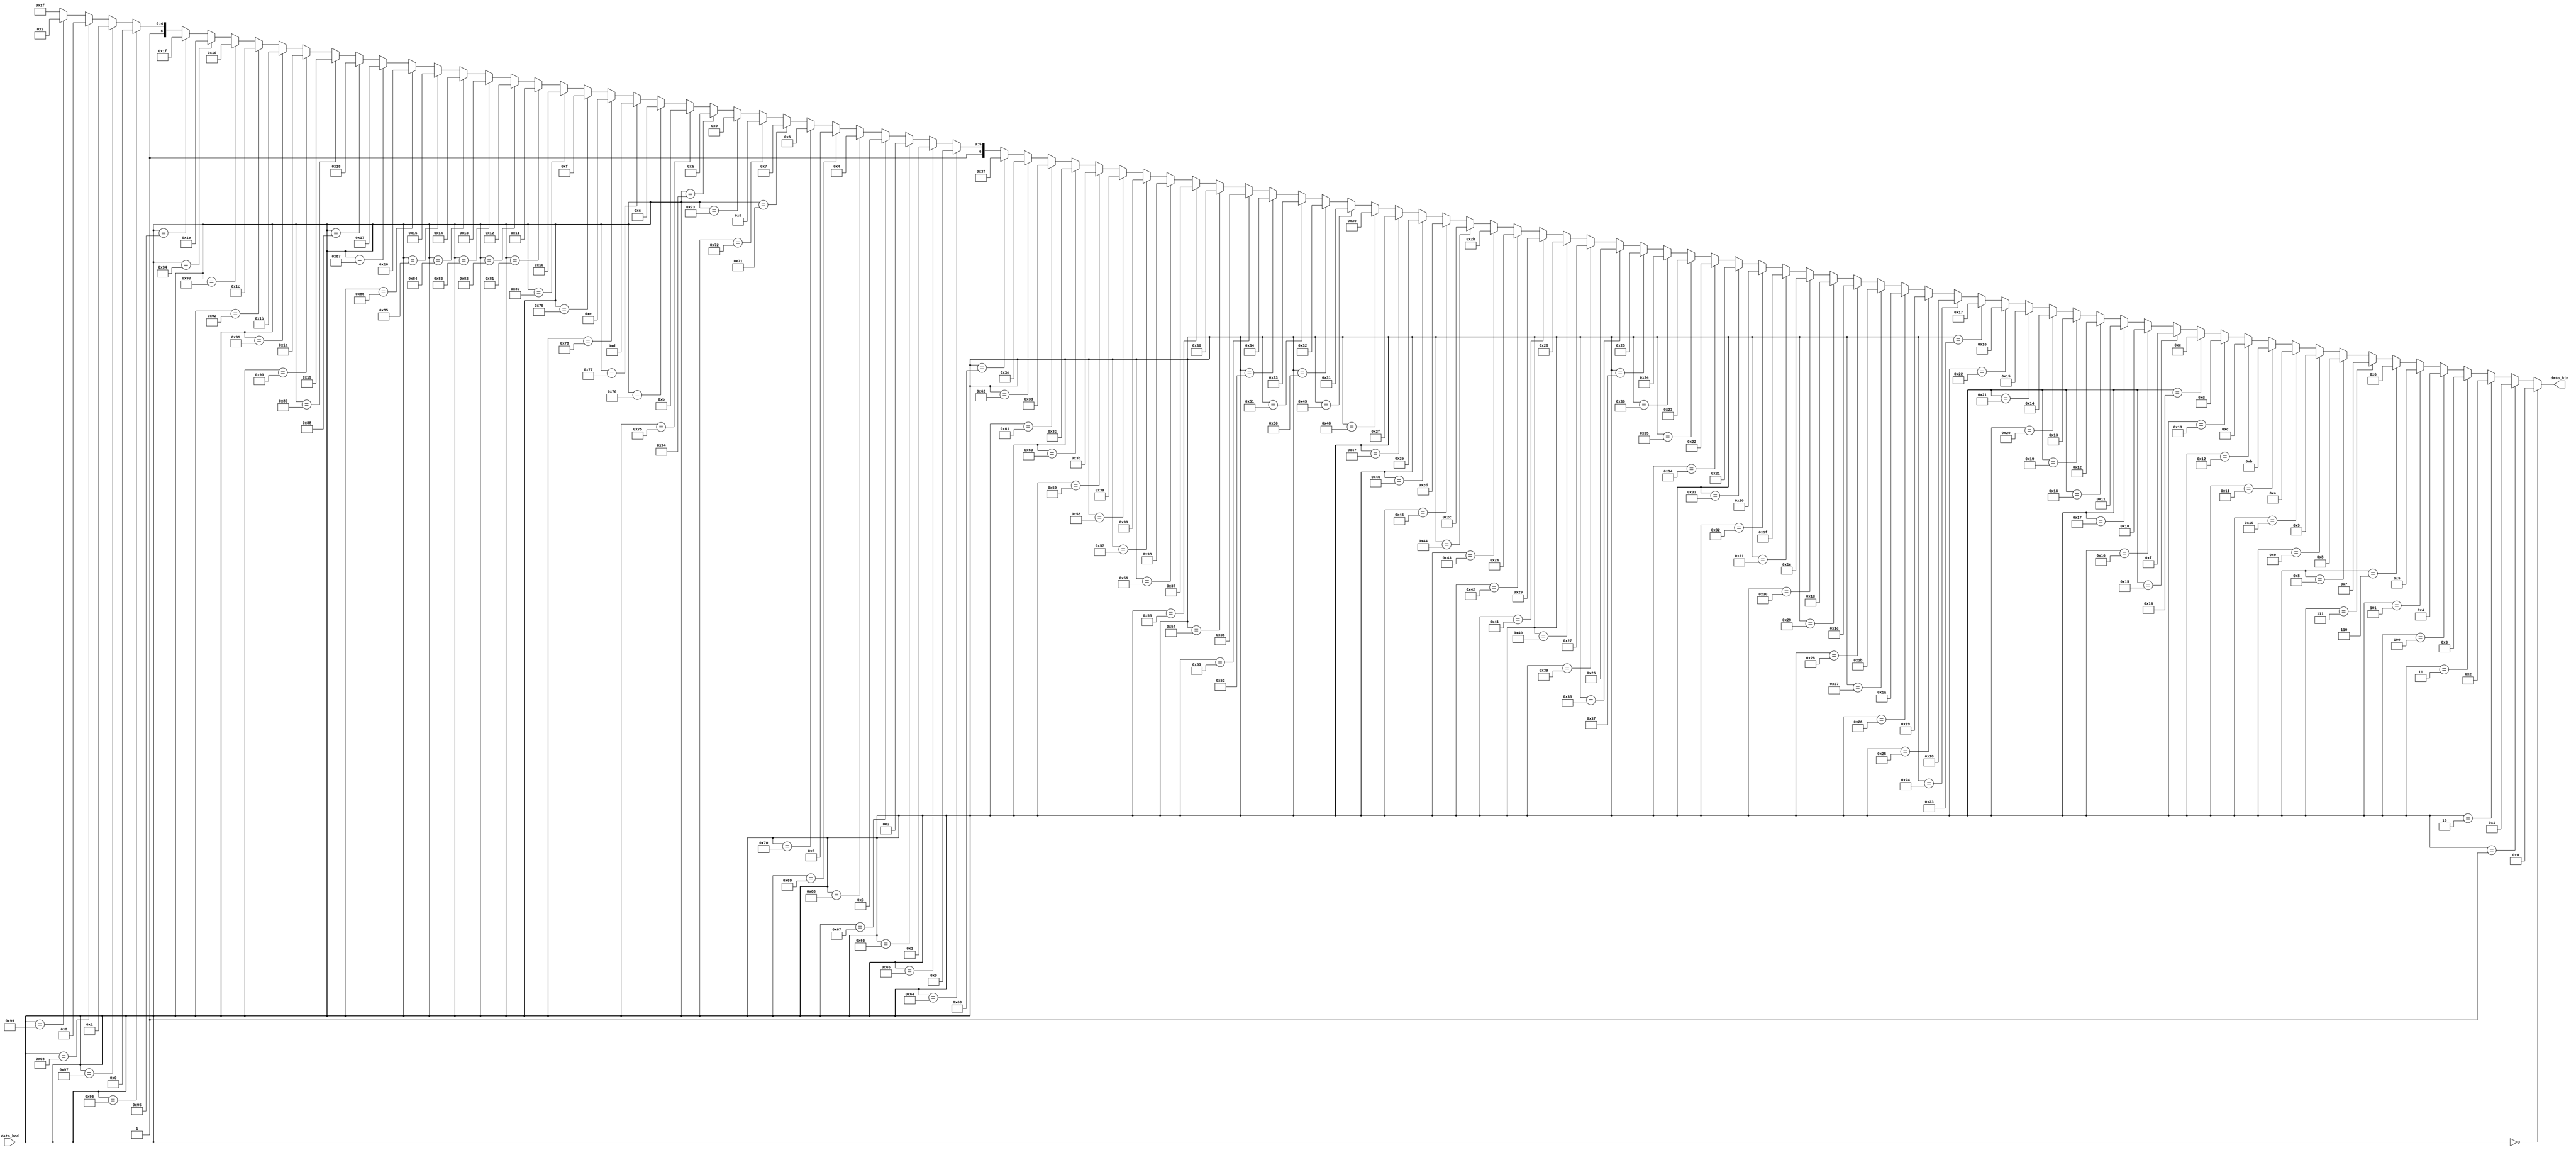
`timescale 1ns / 1ps
//////////////////////////////////////////////////////////////////////////////////
// Company: 
// Engineer: 
// 
// Design Name: 
// Module Name:    CONV_BCD_BINARIO 
// Project Name: 
// Target Devices: 
// Tool versions: 
// Description: 
//
// Dependencies: 
//
// Revision: 
// Revision 0.01 - File Created
// Additional Comments: 
//
//////////////////////////////////////////////////////////////////////////////////
module CONV_BCD_BINARIO(
   input wire [7:0] dato_bcd,
	output reg [6:0] dato_bin
   );
	
	always @ (dato_bcd) begin
		if (dato_bcd == 8'h00) begin
			dato_bin = 7'b0000000;
		end
		else if (dato_bcd == 8'h01) begin
			dato_bin = 7'b0000001;
		end
		else if (dato_bcd == 8'h02) begin
			dato_bin = 7'b0000010;
		end
		else if (dato_bcd == 8'h03) begin
			dato_bin = 7'b0000011;
		end
		else if (dato_bcd == 8'h04) begin
			dato_bin = 7'b0000100;
		end
		else if (dato_bcd == 8'h05) begin
			dato_bin = 7'b0000101;
		end
		else if (dato_bcd == 8'h06) begin
			dato_bin = 7'b0000110;
		end
		else if (dato_bcd == 8'h07) begin
			dato_bin = 7'b0000111;
		end
		else if (dato_bcd == 8'h08) begin
			dato_bin = 7'b0001000;
		end
		else if (dato_bcd == 8'h09) begin
			dato_bin = 7'b0001001;
		end
		else if (dato_bcd == 8'h10) begin
			dato_bin = 7'b0001010;
		end
		else if (dato_bcd == 8'h11) begin
			dato_bin = 7'b0001011;
		end
		else if (dato_bcd == 8'h12) begin
			dato_bin = 7'b0001100;
		end
		else if (dato_bcd == 8'h13) begin
			dato_bin = 7'b0001101;
		end
		else if (dato_bcd == 8'h14) begin
			dato_bin = 7'b0001110;
		end
		else if (dato_bcd == 8'h15) begin
			dato_bin = 7'b0001111;
		end
		else if (dato_bcd == 8'h16) begin
			dato_bin = 7'b0010000;
		end
		else if (dato_bcd == 8'h17) begin
			dato_bin = 7'b0010001;
		end
		else if (dato_bcd == 8'h18) begin
			dato_bin = 7'b0010010;
		end
		else if (dato_bcd == 8'h19) begin
			dato_bin = 7'b0010011;
		end
		else if (dato_bcd == 8'h20) begin
			dato_bin = 7'b0010100;
		end
		else if (dato_bcd == 8'h21) begin
			dato_bin = 7'b0010101;
		end
		else if (dato_bcd == 8'h22) begin
			dato_bin = 7'b0010110;
		end
		else if (dato_bcd == 8'h23)begin
			dato_bin = 7'b0010111;
		end		
		else if (dato_bcd == 8'h24) begin
			dato_bin = 7'b0011000;
		end		
		else if (dato_bcd == 8'h25) begin
			dato_bin = 7'b0011001;
		end		
		else if (dato_bcd == 8'h26) begin
			dato_bin = 7'b0011010;
		end		
		else if (dato_bcd == 8'h27) begin
			dato_bin = 7'b0011011;
		end		
		else if (dato_bcd == 8'h28) begin
			dato_bin = 7'b0011100;
		end		
		else if (dato_bcd == 8'h29) begin
			dato_bin = 7'b0011101;
		end		
		else if (dato_bcd == 8'h30) begin
			dato_bin = 7'b0011110;
		end		
		else if (dato_bcd == 8'h31) begin
			dato_bin = 7'b0011111;
		end		
		else if (dato_bcd == 8'h32) begin
			dato_bin = 7'b0100000;
		end
		else if (dato_bcd == 8'h33) begin
			dato_bin = 7'b0100001;
		end
		else if (dato_bcd == 8'h34) begin
			dato_bin = 7'b0100010;
		end
		else if (dato_bcd == 8'h35) begin
			dato_bin = 7'b0100011;
		end
		else if (dato_bcd == 8'h36) begin
			dato_bin = 7'b0100100;
		end
		else if (dato_bcd == 8'h37) begin
			dato_bin = 7'b0100101;
		end
		else if (dato_bcd == 8'h38) begin
			dato_bin = 7'b0100110;
		end
		else if (dato_bcd == 8'h39) begin
			dato_bin = 7'b0100111;
		end
		else if (dato_bcd == 8'h40) begin
			dato_bin = 7'b0101000;
		end
		else if (dato_bcd == 8'h41) begin
			dato_bin = 7'b0101001;
		end
		else if (dato_bcd == 8'h42) begin
			dato_bin = 7'b0101010;
		end
		else if (dato_bcd == 8'h43) begin
			dato_bin = 7'b0101011;
		end
		else if (dato_bcd == 8'h44) begin
			dato_bin = 7'b0101100;
		end
		else if (dato_bcd == 8'h45) begin
			dato_bin = 7'b0101101;
		end
		else if (dato_bcd == 8'h46) begin
			dato_bin = 7'b0101110;
		end
		else if (dato_bcd == 8'h47) begin
			dato_bin = 7'b0101111;
		end
		else if (dato_bcd == 8'h48) begin
			dato_bin = 7'b0110000;
		end
		else if (dato_bcd == 8'h49) begin
			dato_bin = 7'b0110001;
		end
		else if (dato_bcd == 8'h50) begin
			dato_bin = 7'b0110010;
		end
		else if (dato_bcd == 8'h51) begin
			dato_bin = 7'b0110011;
		end
		else if (dato_bcd == 8'h52) begin
			dato_bin = 7'b0110100;
		end
		else if (dato_bcd == 8'h53) begin
			dato_bin = 7'b0110101;
		end
		else if (dato_bcd == 8'h54) begin
			dato_bin = 7'b0110110;
		end
		else if (dato_bcd == 8'h55) begin
			dato_bin = 7'b0110111;
		end
		else if (dato_bcd == 8'h56) begin
			dato_bin = 7'b0111000;
		end
		else if (dato_bcd == 8'h57) begin
			dato_bin = 7'b0111001;
		end
		else if (dato_bcd == 8'h58) begin
			dato_bin = 7'b0111010;
		end
		else if (dato_bcd == 8'h59) begin
			dato_bin = 7'b0111011;
		end
		else if (dato_bcd == 8'h60) begin
			dato_bin = 7'b0111100;
		end
		else if (dato_bcd == 8'h61) begin
			dato_bin = 7'b0111101;
		end
		else if (dato_bcd == 8'h62) begin
			dato_bin = 7'b0111110;
		end
		else if (dato_bcd == 8'h63) begin
			dato_bin = 7'b0111111;
		end
		else if (dato_bcd == 8'h64) begin
			dato_bin = 7'b1000000;
		end
		else if (dato_bcd == 8'h65) begin
			dato_bin = 7'b1000001;
		end
		else if (dato_bcd == 8'h66) begin
			dato_bin = 7'b1000010;
		end
		else if (dato_bcd == 8'h67) begin
			dato_bin = 7'b1000011;
		end
		else if (dato_bcd == 8'h68) begin
			dato_bin = 7'b1000100;
		end
		else if (dato_bcd == 8'h69) begin
			dato_bin = 7'b1000101;
		end
		else if (dato_bcd == 8'h70) begin
			dato_bin = 7'b1000110;
		end
		else if (dato_bcd == 8'h71) begin
			dato_bin = 7'b1000111;
		end
		else if (dato_bcd == 8'h72) begin
			dato_bin = 7'b1001000;
		end
		else if (dato_bcd == 8'h73) begin
			dato_bin = 7'b1001001;
		end
		else if (dato_bcd == 8'h74) begin
			dato_bin = 7'b1001010;
		end
		else if (dato_bcd == 8'h75) begin
			dato_bin = 7'b1001011;
		end
		else if (dato_bcd == 8'h76) begin
			dato_bin = 7'b1001100;
		end
		else if (dato_bcd == 8'h77) begin
			dato_bin = 7'b1001101;
		end
		else if (dato_bcd == 8'h78) begin
			dato_bin = 7'b1001110;
		end
		else if (dato_bcd == 8'h79) begin
			dato_bin = 7'b1001111;
		end
		else if (dato_bcd == 8'h80) begin
			dato_bin = 7'b1010000;
		end
		else if (dato_bcd == 8'h81) begin
			dato_bin = 7'b1010001;
		end
		else if (dato_bcd == 8'h82) begin
			dato_bin = 7'b1010010;
		end
		else if (dato_bcd == 8'h83) begin
			dato_bin = 7'b1010011;
		end
		else if (dato_bcd == 8'h84) begin
			dato_bin = 7'b1010100;
		end
		else if (dato_bcd == 8'h85) begin
			dato_bin = 7'b1010101;
		end
		else if (dato_bcd == 8'h86) begin
			dato_bin = 7'b1010110;
		end
		else if (dato_bcd == 8'h87) begin
			dato_bin = 7'b1010111;
		end
		else if (dato_bcd == 8'h88) begin
			dato_bin = 7'b1011000;
		end
		else if (dato_bcd == 8'h89) begin
			dato_bin = 7'b1011001;
		end
		else if (dato_bcd == 8'h90) begin
			dato_bin = 7'b1011010;
		end
		else if (dato_bcd == 8'h91) begin
			dato_bin = 7'b1011011;
		end
		else if (dato_bcd == 8'h92) begin
			dato_bin = 7'b1011100;
		end
		else if (dato_bcd == 8'h93) begin
			dato_bin = 7'b1011101;
		end
		else if (dato_bcd == 8'h94) begin
			dato_bin = 7'b1011110;
		end
		else if (dato_bcd == 8'h95) begin
			dato_bin = 7'b1011111;
		end
		else if (dato_bcd == 8'h96) begin
			dato_bin = 7'b1100000;
		end
		else if (dato_bcd == 8'h97) begin
			dato_bin = 7'b1100001;
		end
		else if (dato_bcd == 8'h98) begin
			dato_bin = 7'b1100010;
		end
		else if (dato_bcd == 8'h99) begin
			dato_bin = 7'b1100011;
		end
		else begin
			dato_bin = 7'b1111111;
		end
	end

endmodule